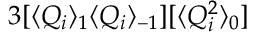
3 [ \langle Q _ { i } \rangle _ { 1 } \langle Q _ { i } \rangle _ { - 1 } ] [ \langle Q _ { i } ^ { 2 } \rangle _ { 0 } ]